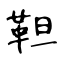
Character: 靼